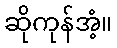
ဆိုကုန်အံ့။